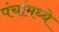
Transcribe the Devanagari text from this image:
पंचांमध्ये